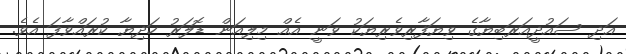
އަދި ސައުދީއަރަބިޔާގެ ވިޔަފާރިވެރިޔަކު ވަނީ އެއް މިލިއަން ޑޮލަރު ހަދިޔާ ކުރައްވާފަ އެވެ.